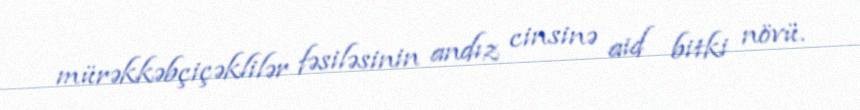
mürəkkəbçiçəklilər fəsiləsinin andız cinsinə aid bitki növü.